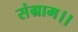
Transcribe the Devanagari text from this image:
संग्राम।।